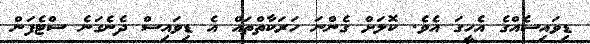
ޑިވައިސެއްގެ އެހީގަ އެވެ. ކޮލަށް ގެންނަ ހަރަކާތްތައް އެ ޑިވައިސް ދެނެގަނެ ސްޓެފަން